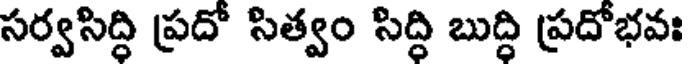
సర్వసిద్ధి ప్రదో సిత్వం సిద్ధి బుద్ధి ప్రదోభవః